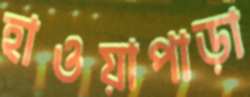
হাওয়াপাড়া